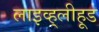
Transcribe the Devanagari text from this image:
लाइव्ह्‌लीहूड